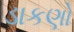
ડાકણો